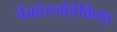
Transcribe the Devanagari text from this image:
चैकोस्लोवेकिया